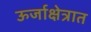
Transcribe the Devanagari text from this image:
ऊर्जाक्षेत्रात